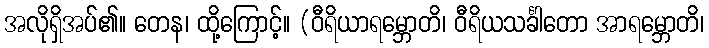
အလိုရှိအပ်၏။ တေန၊ ထို့ကြောင့်။ (ဝီရိယာရမ္ဘောတိ၊ ဝီရိယသင်္ခါတော အာရမ္ဘောတိ၊